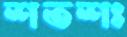
শতশঃ